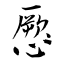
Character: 憠